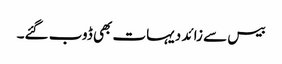
بیس سے زائد دیہات بھی ڈوب گئے۔